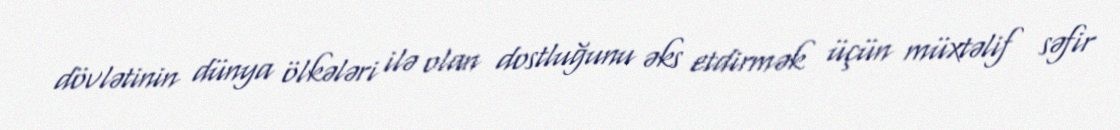
dövlətinin dünya ölkələri ilə olan dostluğunu əks etdirmək üçün müxtəlif səfir